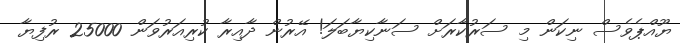
ޔޫއްޕެވެސް ނިކަން މި ސަރުކާރަށް ސަނާކިޔާބަލަ! އޭރުން ދާއިރާ ކުރިއަރުވަން 25000 ރުފިޔާ